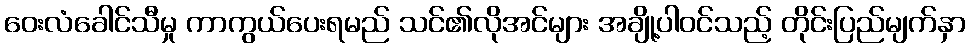
ဝေးလံခေါင်သီမှု ကာကွယ်ပေးရမည် သင်၏လိုအင်များ အချို့ပါဝင်သည့် တိုင်းပြည်မျက်နှာ